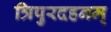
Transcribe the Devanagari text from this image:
त्रिपुरदहनम्